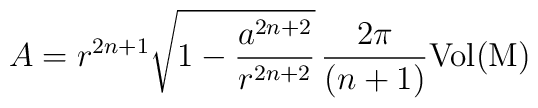
A=r^{2n+1}\sqrt{1-\frac{a^{2n+2}}{r^{2n+2}}}\,\frac{2\pi}{(n+1)}{\mathrm{Vol{(M)}}}